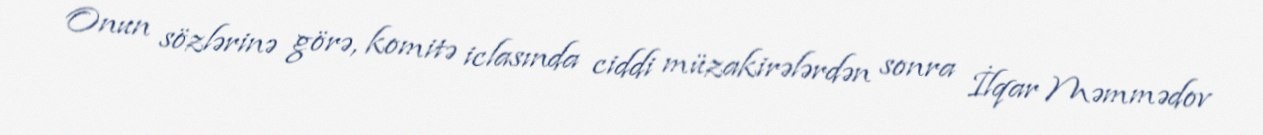
Onun sözlərinə görə, komitə iclasında ciddi müzakirələrdən sonra İlqar Məmmədov